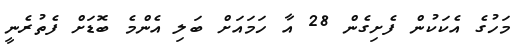
މަހުގެ އެކަކުން ފެށިގެން 28 އާ ހަމައަށް ބަލި އެންމެ ބޮޑަށް ފެތުރެނީ